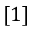
[ 1 ]